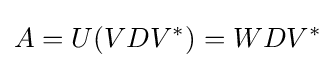
A=U(VDV^{*})=WDV^{*}